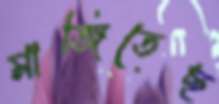
মাঙ্গিতেছ